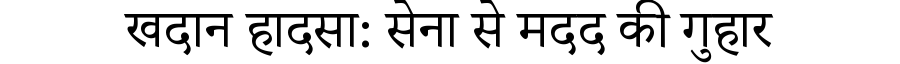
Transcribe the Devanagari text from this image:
खदान हादसा: सेना से मदद की गुहार